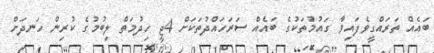
ބައެއް ތަރައްގީވެފައިވާ ގައުމުތަކުގެ ބައެއް ސަރަހައްދުތަކަށް 4ޖީ ހިދުމަތް ލިބުމުގެ ކުރިން ހަނދަށް